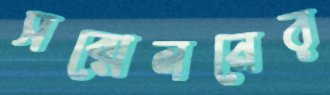
সন্মেলনের